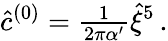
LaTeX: {\hat{c}}^{(0)}={\textstyle\frac{1}{2\pi\alpha^{\prime}}}\hat{\xi}^{5}\, .